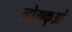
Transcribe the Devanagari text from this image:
लोगकुआं